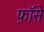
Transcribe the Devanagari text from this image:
फ़ॉसे